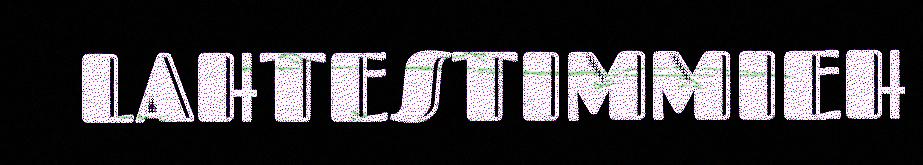
LAHTESTIMMIEH